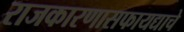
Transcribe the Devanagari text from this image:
राजकारणासफायद्याचे